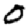
Digit: 0